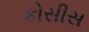
કોસીસ